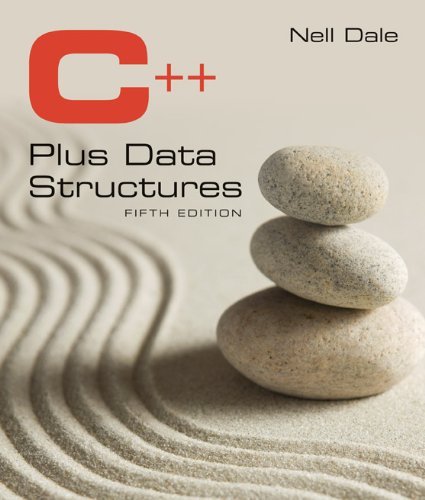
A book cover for C++ Plus Data Structures; Nell Dale; Computers & Technology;